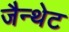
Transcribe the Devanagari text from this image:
जैन्थेट